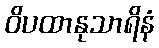
ဝိပထာနုသာရိနံ